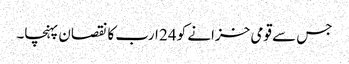
جس سے قومی خزانے کو 24 ارب کا نقصان پہنچا۔